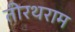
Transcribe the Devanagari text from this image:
तीरथराम